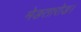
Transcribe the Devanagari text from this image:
मेङतारोङ।